Madras plague regulations and rules - Volume 2
Disease focus: Plague
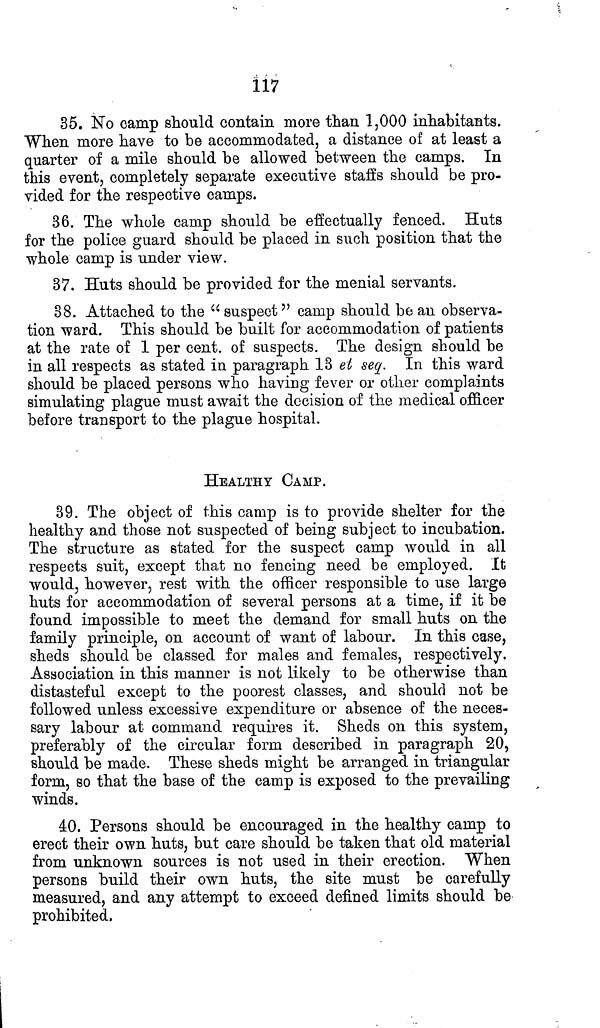
117
35. No camp should contain more than 1,000 inhabitants.
When more have to be accommodated, a distance of at least a
quarter of a mile should be allowed between the camps. In
this event, completely separate executive staff's should be pro-
vided for the respective camps.
36. The whole camp should be effectually fenced. Huts
for the police guard should be placed in such position that the
whole camp is under view.
37. Huts should be provided for the menial servants.
38. Attached to the "suspect" camp should be an observa-
tion ward. This should be built for accommodation of patients
at the rate of 1 per cent. of suspects. The design should be
in all respects as stated in paragraph 13 et seq. In this ward
should be placed persons who having fever or other complaints
simulating plague must await the decision of the medical officer
before transport to the plague hospital.
HEALTHY CAMP.
39. The object of this camp is to provide shelter for the
healthy and those not suspected of being subject to incubation.
The structure as stated for the suspect camp would in all
respects suit, except that no fencing need be employed. It
would, however, rest with the officer responsible to use large
huts for accommodation of several persons at a time, if it be
found impossible to meet the demand for small huts on the
family principle, on account of want of labour. In this case,
sheds should be classed for males and females, respectively.
Association in this manner is not likely to be otherwise than
distasteful except to the poorest classes, and should not be
followed unless excessive expenditure or absence of the neces-
sary labour at command requires it. Sheds on this system,
preferably of the circular form described in paragraph 20,
should be made. These sheds might be arranged in triangular
form, so that the base of the camp is exposed to the prevailing
winds.
40. Persons should be encouraged in the healthy camp to
erect their own huts, but care should be taken that old material
from unknown sources is not used in their erection. When
persons build their own huts, the site must be carefully
measured, and any attempt to exceed defined limits should be
prohibited,